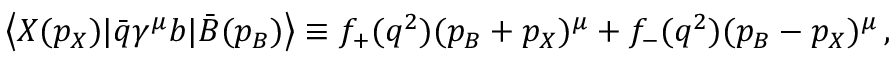
\left< X ( p _ { X } ) | \bar { q } \gamma ^ { \mu } b | \bar { B } ( p _ { B } ) \right> \equiv f _ { + } ( q ^ { 2 } ) ( p _ { B } + p _ { X } ) ^ { \mu } + f _ { - } ( q ^ { 2 } ) ( p _ { B } - p _ { X } ) ^ { \mu } \, ,